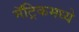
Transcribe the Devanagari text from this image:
मॅट्रिकमध्ये